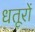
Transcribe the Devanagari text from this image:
धतूरों